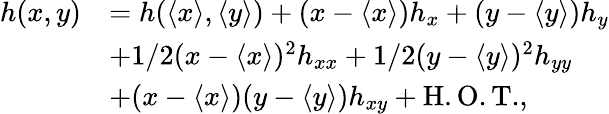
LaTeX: \begin{array}{rl}{h(x,y)}&{=h(\langle x\rangle,\langle y\rangle)+(x-\langle x\rangle)h_{x}+(y-\langle y\rangle)h_{y}}\\ &{+1/2(x-\langle x\rangle)^{2}h_{xx}+1/2(y-\langle y\rangle)^{2}h_{yy}}\\ &{+(x-\langle x\rangle)(y-\langle y\rangle)h_{xy}+\mathrm{H.O.T.},}\end{array}